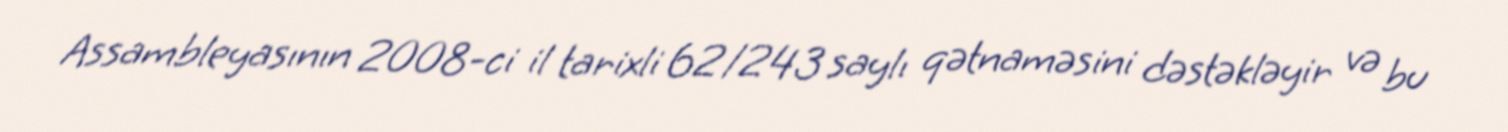
Assambleyasının 2008-ci il tarixli 62/243 saylı qətnaməsini dəstəkləyir və bu